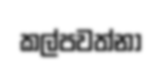
කල්පවත්නා